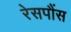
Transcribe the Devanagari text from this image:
रेसपौंस